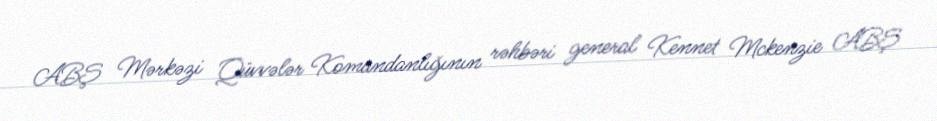
ABŞ Mərkəzi Qüvvələr Komandanlığının rəhbəri general Kennet Mckenzie ABŞ